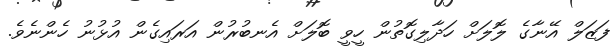
ފަޒަލް އޭނާގެ ލޮލަށް ހަދާލިގޮތުން ހީވީ ބޮލަށް އެނބުރުން އަރައިގެން އުޅުނު ހެންނެވެ.